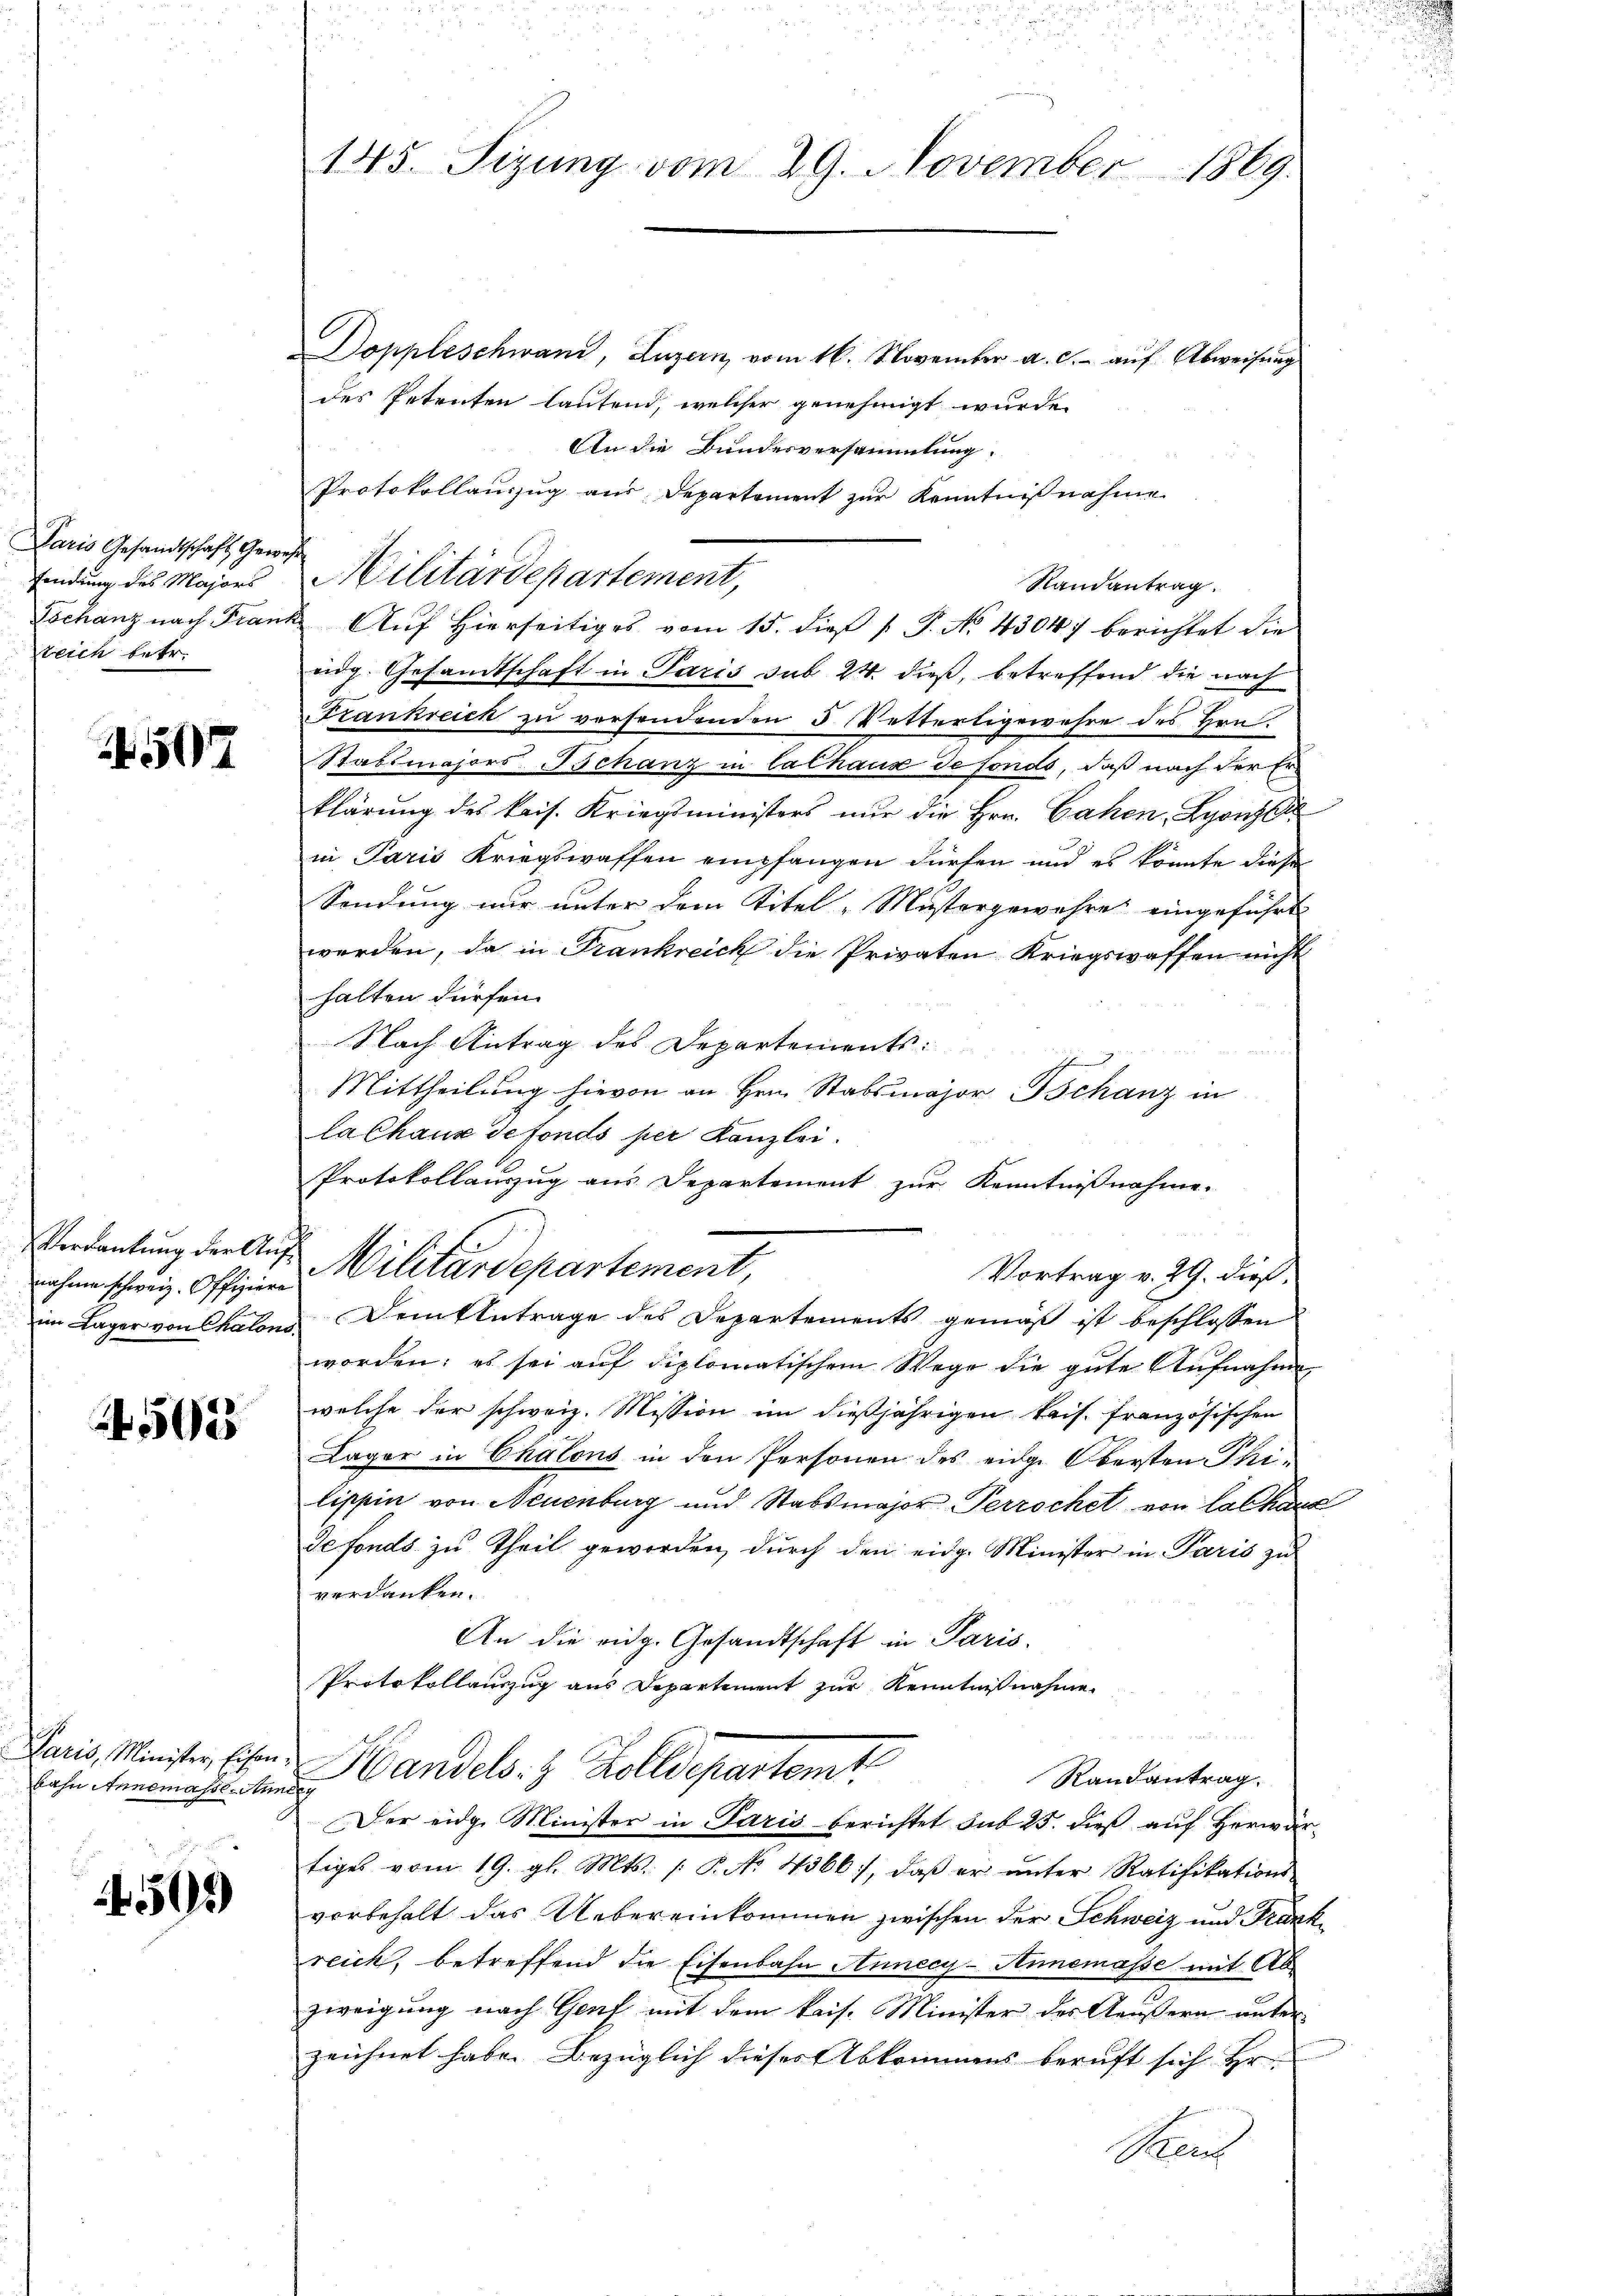
Daris Gesandtschaft Gewes
fendung des Majors
Weich betr.

507

Verdankung der Aufnahme schweiz. Offiziere
im Lager von Chalons.

4503

Paris, Minister, Eisen
bahn Annemasse Ann

505

145. Sizung vom 29. November 1869.

Doppleschwand, Luzern vom 16. November a. c. auf Abweisung
des Petenten lautend, welcher genehmigt wurde,
An die Bundesversammlung.
Protokollauszug aus Departement zŭr Kenntniβnahme
Militärdepartement,
Randantrag.
Tschanz nach Frank. Aŭf Hierseitiges vom 15. dieß 1 P. No 4304) berichtet die
idg. Gesandtschaft in Paris sub 24 dieß, betreffend die nach
Frankreich zu versendenden 5 Vetterligewahre des Hrn.
Stabsmajors Bchanz in Cathaus de fondo, daß nach der Erklärung des kais. Kriegsministers nur die Hrn. Cahen, Lyonze
in Paris Kriegswaffen empfangen dürfen und es könnte diese
Sendung nur unter dem Titel, Mustergewehre eingeführt
werden, da in Frankreich die Privaten Kriegswaffen nicht
halten dürfen.
Nach Antrag des Departements:
Mittheilung hievon an Hrn. Stabsmajor Tschanz in
la Chaux defonds per Kanzlei.
Protokollauszug aus Departement zur Kenntnißnahme.
Militärdepartement,
Vortrag v. 29. dieß,
Dem Antrage des Departements gemäß ist beschlossen
worden; es sei auf diplomatischem Wege die gute Aufnahme
welche der schweiz. Mission im dießjährigen kais. französischen
Läger in Chalons in den Personen des eidge Obersten Philippin von Neuenburg und Stabsmajor Perrochet von Labhang
defonds zu Theil geworden, durch den eidg. Minister in Paris zu
verdanken.
An die eidg. Gesandtschaft in Paris,
Protokollauszug aus Departement zur Kenntnißnahme
Handels. 3 Zolldepartamt
Randantrag.
h
Der eidg. Minister in Paris berichtet sub 25. dieß auf Herwärtiges vom 19. gl. Mts. /: P. N. 4366), daβ er ŭnter Ratifikations-
vorbehalt das Uebereinkommen zwischen der Schweiz und Frankreich, betreffend die Eisenbahn Annecy- Annemasse mit Abzweigung nach Genf mit dem kais. Minister des Aeußern unter-
zeichnet habe. Bezüglich dieses Abkommens beruft sich Hr.
Bauf